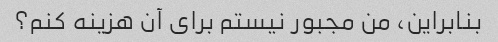
بنابراین، من مجبور نیستم برای آن هزینه کنم؟